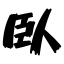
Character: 臥